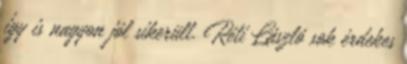
így is nagyon jól sikerült. Réti László sok érdekes